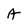
Character: A